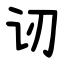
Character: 讱